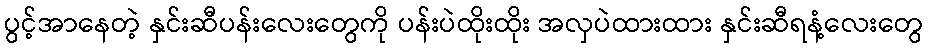
ပွင့်အာနေတဲ့ နှင်းဆီပန်းလေးတွေကို ပန်းပဲထိုးထိုး အလှပဲထားထား နှင်းဆီရနံ့လေးတွေ